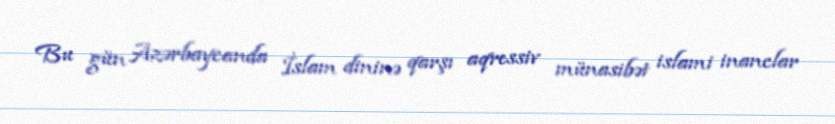
Bu gün Azərbaycanda İslam dininə qarşı aqressiv münasibət islami inanclar